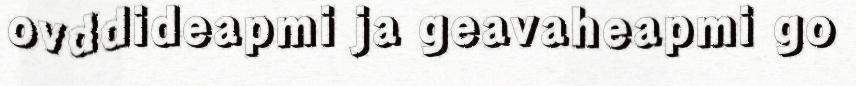
ovddideapmi ja geavaheapmi go